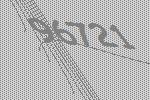
96721